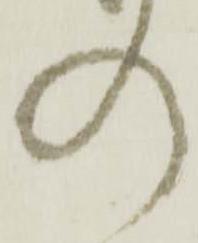
の